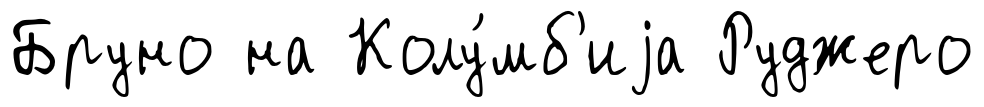
Бруно на Колу́мб'иjа Руджеро